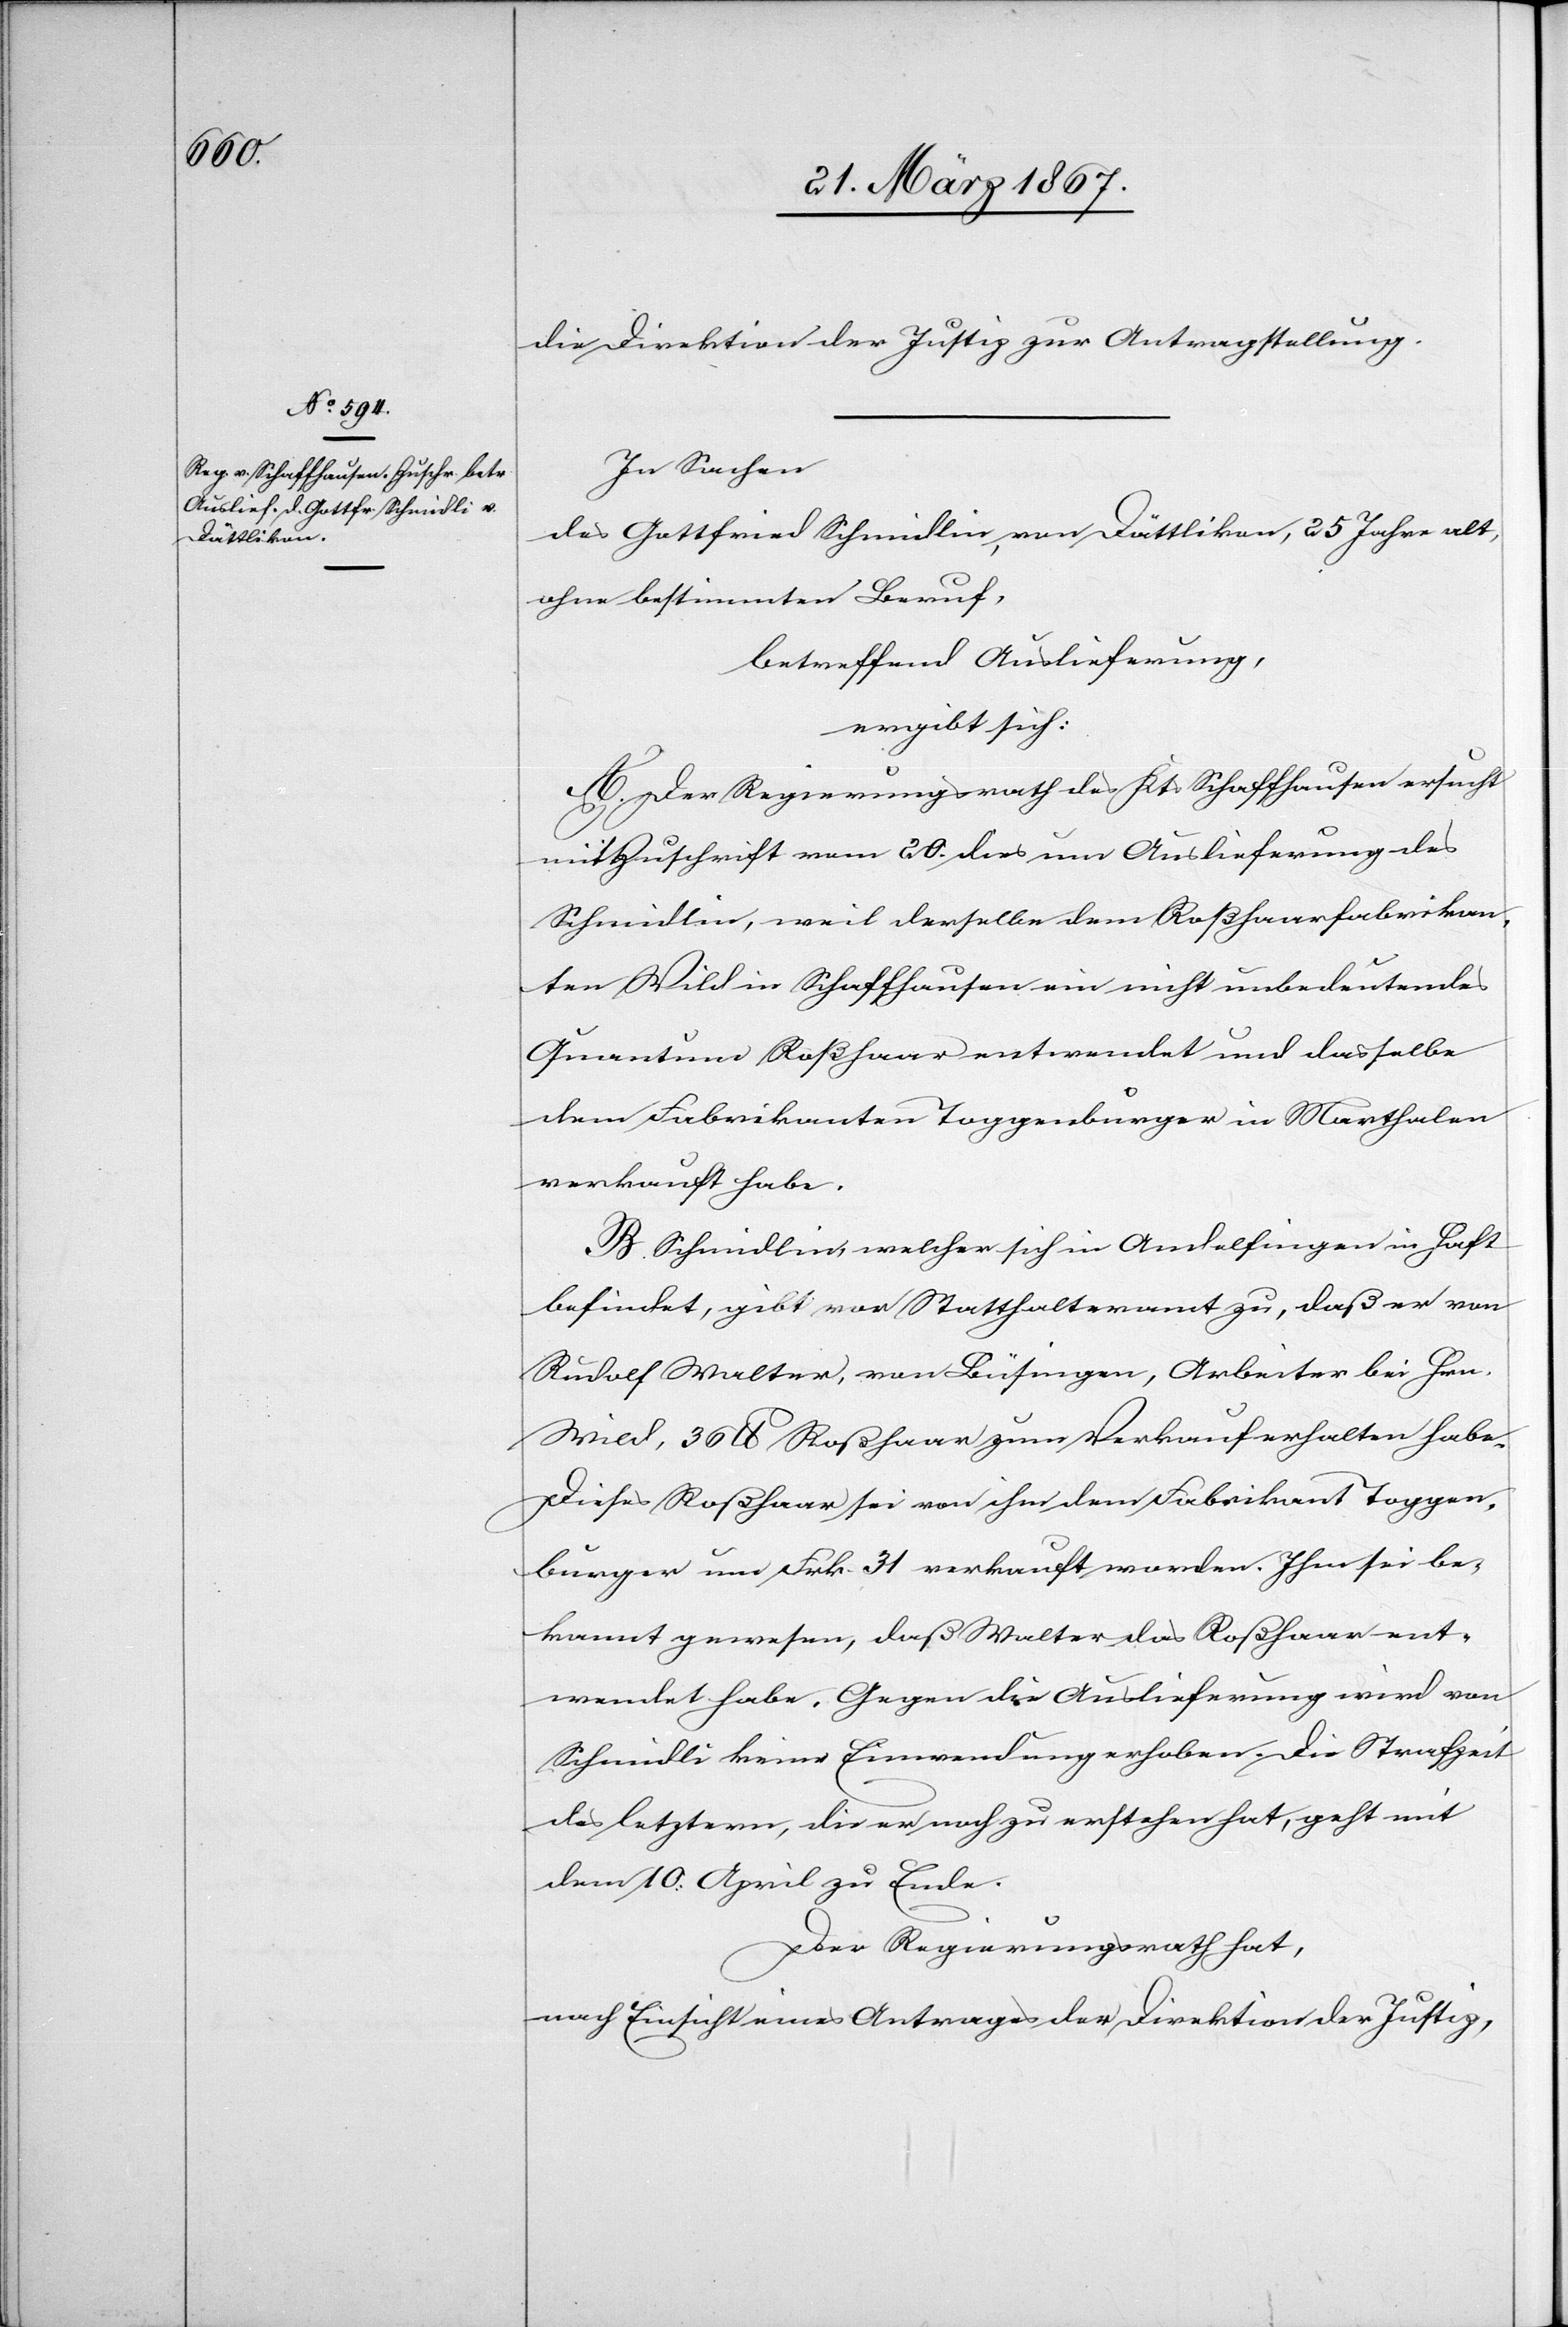
28. März 1867.]
die Direktion der Justiz zur Antragstellung.
In Sachen
des Gottfried Schmidlin, von Dättlikon, 25 Jahre alt,
ohne bestimmten Beruf,
betreffend Auslieferung,
ergibt sich:
A. Der Regierungsrath des Kts Schaffhausen ersucht
mit Zuschrift vom 20. dies um Auslieferung des
Schmidlin, weil derselbe dem Roßhaarfabrikan¬
ten Wild in Schaffhausen ein nicht unbedeutendes
Quantum Roßhaar entwendet und dasselbe
dem Fabrikanten Toggenburger in Marthalen
verkauft habe.
B. Schmidlin, welcher sich in Andelfingen in Haft
befindet, gibt vor Statthalteramt zu, daß er von
Rudolf Walter, von Büsingen, Arbeiter bei Hrn.
Wild, 36 lb Roßhaar zum Verkauf erhalten habe.
Dieses Roßhaar sei von ihm dem Fabrikant Toggen¬
burger um Frk. 31 verkauft worden. Ihm sei be¬
kannt gewesen, daß Walter das Roßhaar ent¬
wendet habe. Gegen die Auslieferung wird von
Schmidli [sic!] keine Einwendung erhoben. Die Strafzeit
des letztern, die er noch zu erstehen hat, geht mit
dem 10. April zu Ende.
Der Regierungsrath hat,
nach Einsicht eines Antrages der Direktion der Justiz,